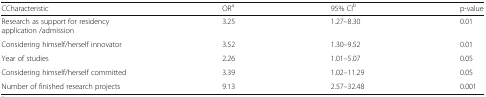
<table><thead><tr><td><b>CCharacteristic</b></td><td><b>OR<sup>a</sup></b></td><td><b>95% CI<sup>b</sup></b></td><td><b>p-value</b></td></tr></thead><tbody><tr><td>Research as support for residency application /admission</td><td>3.25</td><td>1.27–8.30</td><td>0.01</td></tr><tr><td>Considering himself/herself innovator</td><td>3.52</td><td>1.30–9.52</td><td>0.01</td></tr><tr><td>Year of studies</td><td>2.26</td><td>1.01–5.07</td><td>0.05</td></tr><tr><td>Considering himself/herself committed</td><td>3.39</td><td>1.02–11.29</td><td>0.05</td></tr><tr><td>Number of finished research projects</td><td>9.13</td><td>2.57–32.48</td><td>0.001</td></tr></tbody></table>